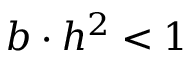
b \cdot h ^ { 2 } < 1